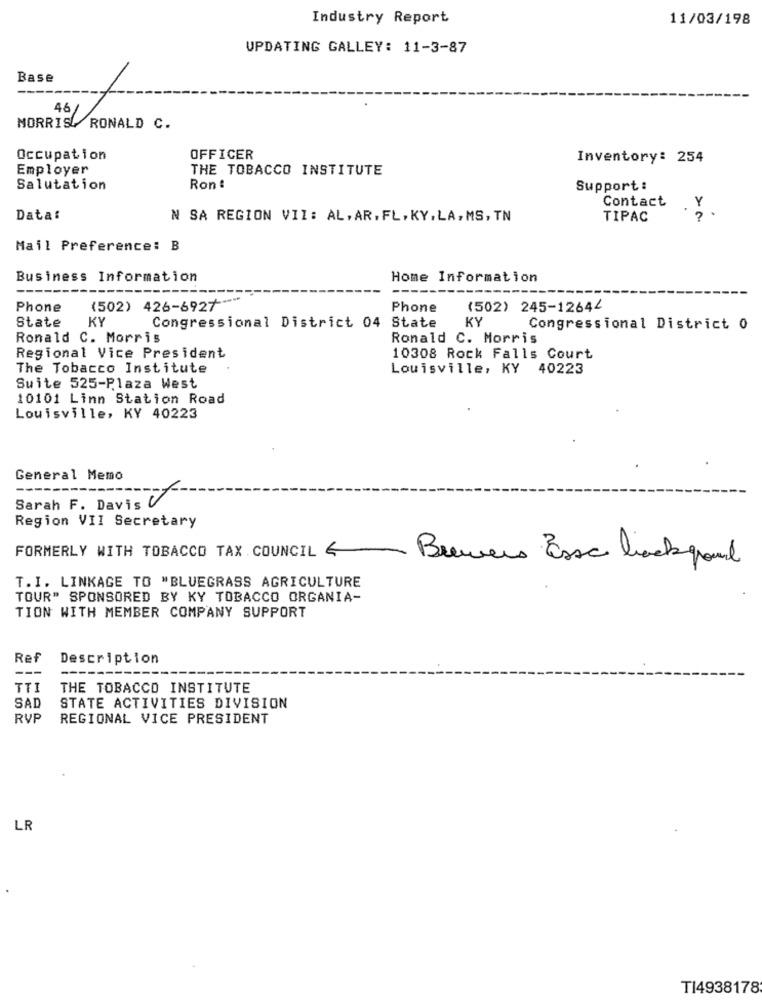
Industry Report
11/03/198
UPDATING GALLEY: 11-3-87
Base
46
MORRIS RONALD C.
Occupation
OFFICER
Inventory: 254
Employer
THE TOBACCO INSTITUTE
Salutation
Ron :
Support :
Contact
.Y
Data:
N SA REGION VII: AL,AR.FL.KY.LA,MS, TN
TIPAC
Mail Preference: B
Business Information
Home Information
Phone
(502) 426-6927*
Phone
(502) 245-12644
State
KY
KY
Congressional District 04 State
Congressional District 0
Ronald C. Morris
Ronald C. Morris
Regional Vice President
10308 Rock Falls Court
The Tobacco Institute
Louisville, KY 40223
Suite 525-Plaza West
10101 Linn Station Road
Louisville, KY 40223
General Memo
Sarah F. Davis U
Region VII Secretary
FORMERLY WITH TOBACCO TAX COUNCIL 4
Brewers Essa background
T. I. LINKAGE TO "BLUEGRASS AGRICULTURE
TOUR" SPONSORED BY KY TOBACCO ORGANIA-
TION WITH MEMBER COMPANY SUPPORT
Ref
Description
TTI
THE TOBACCO INSTITUTE
SAD
STATE ACTIVITIES DIVISION
RVP
REGIONAL VICE PRESIDENT
LR
TI4938178